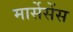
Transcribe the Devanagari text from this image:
मार्सेसेंस